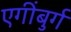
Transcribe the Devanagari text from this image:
एगींबुर्ग